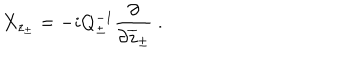
LaTeX: X _ { z _ { \pm } } = - i Q _ { \pm } ^ { - 1 } \displaystyle \frac { \partial } { \partial \overline { { { z } } } _ { \pm } } ~ .